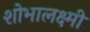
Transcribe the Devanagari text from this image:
शोभालक्ष्मी